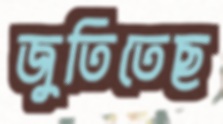
জুতিতেছ